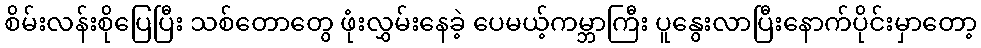
စိမ်းလန်းစိုပြေပြီး သစ်တောတွေ ဖုံးလွှမ်းနေခဲ့ ပေမယ့်ကမ္ဘာကြီး ပူနွေးလာပြီးနောက်ပိုင်းမှာတော့